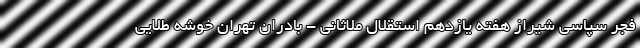
فجر سپاسی شیراز هفته یازدهم استقلال ملاثانی - بادران تهران خوشه طلایی